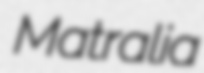
Matralia